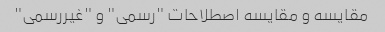
مقایسه و مقایسه اصطلاحات "رسمی" و "غیررسمی"